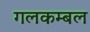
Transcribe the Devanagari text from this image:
गलकम्बल